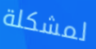
لمشكلة